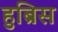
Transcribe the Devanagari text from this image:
हुब्रिस